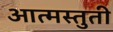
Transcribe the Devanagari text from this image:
आत्मस्तुती